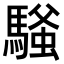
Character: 𫘔